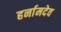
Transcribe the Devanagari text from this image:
हर्नामदेव